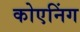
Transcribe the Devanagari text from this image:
कोएनिंग